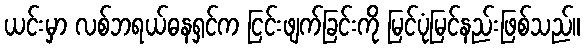
ယင်းမှာ လစ်ဘရယ်ဓနရှင်က ငြင်းဖျက်ခြင်းကို မြင်ပုံမြင်နည်းဖြစ်သည်။